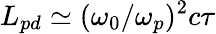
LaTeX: L_{pd}\simeq({\omega_{0}/\omega_{p}})^{2}c\tau